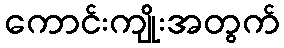
ကောင်းကျိုးအတွက်